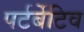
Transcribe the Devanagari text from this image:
पर्टर्बेटिव